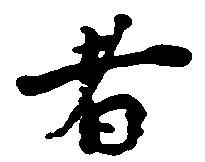
者